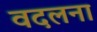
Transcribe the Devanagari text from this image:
वदलना